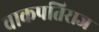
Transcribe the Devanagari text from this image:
वाकपतिराज